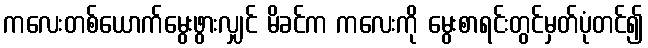
ကလေးတစ်ယောက်မွေးဖွားလျှင် မိခင်က ကလေးကို မွေးစာရင်းတွင်မှတ်ပုံတင်၍